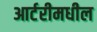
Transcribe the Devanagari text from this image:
आर्टरीमधील